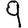
Digit: 9